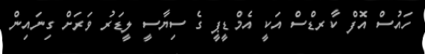
ހައުސް އޮފް ކާރޑްސް އަކީ އެމްޑީޕީ ގެ ސިޔާސީ ލީޑަރު ވަރަށް ގިނައިން